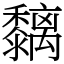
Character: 黐